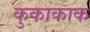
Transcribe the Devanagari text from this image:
कुकाकाक